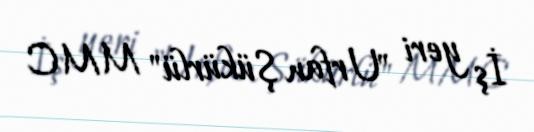
İş yeri "Urfan Şükürlü" MMC